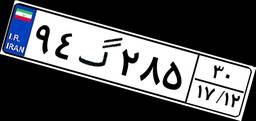
۹۴گ۹۷۹۲۶